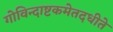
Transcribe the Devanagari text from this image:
गोविन्दाष्टकमेतदधीते